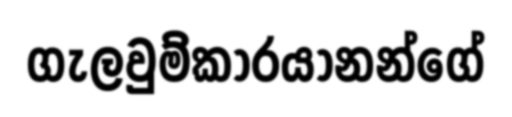
ගැලවුම්කාරයානන්ගේ